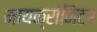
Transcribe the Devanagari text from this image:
मायक्रोमिटर